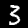
Label: 3